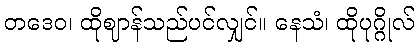
တဒေဝ၊ ထိုဈာန်သည်ပင်လျှင်။ နေသံ၊ ထိုပုဂ္ဂိုလ်